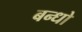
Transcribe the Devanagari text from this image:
बन्धो